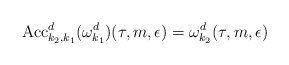
\begin{align*}\mathrm{Acc}_{k_{2},k_{1}}^{d}(\omega_{k_1}^{d})(\tau,m,\epsilon) = \omega_{k_2}^{d}(\tau,m,\epsilon) \end{align*}